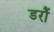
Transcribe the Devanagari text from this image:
डरौं